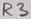
Text: R3